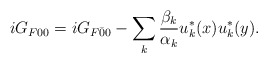
\begin{align*}iG_{F00}= iG_{F\bar{0}{0}} - \sum_k \frac{\beta_k}{\alpha_k} u_k^*(x)u_k^*(y) .\end{align*}